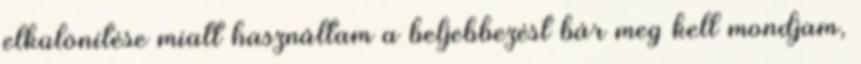
elkülönítése miatt használtam a beljebbezést bár meg kell mondjam,